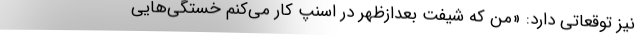
نیز توقعاتی دارد: «من که شیفت بعداز‌ظهر در اسنپ کار می‌کنم خستگی‌هایی